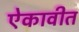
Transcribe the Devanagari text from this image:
ऐकावीत